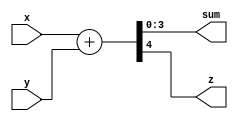
module add(
    input [3:0] x,
	 input [3:0] y,
	 output [3:0] sum,
	 output z
    );
assign {z,sum} = x+y;
endmodule